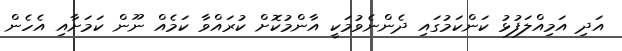
އަދި އަމިއްލަފުޅު ކަންކަމުގައި ދެންނެވުމަކީ އާންމުކޮށް ކުރައްވާ ކަމެއް ނޫން ކަމަށާއި އެހެން